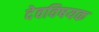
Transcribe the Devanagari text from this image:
देवविषयक